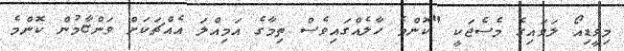
މިވީޑިއޯ ލަވައިގެ މެސެޖަކީ "ކޮންމެ ހާލެއްގައިވެސް ތިމާގެ އަމިއްލަ އެއްޗަކަށް ވަންޏާމުން ކޮންމެ